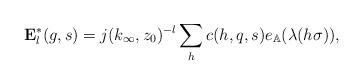
LaTeX: \begin{align*}\mathbf{E}_l^{\ast}(g,s)=j(k_{\infty},z_0)^{-l}\sum_{h}c(h,q,s)e_{\mathbb{A}}(\lambda(h\sigma)),\end{align*}